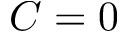
C = 0